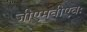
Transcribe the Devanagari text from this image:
जीएमवीएवः